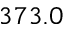
3 7 3 . 0